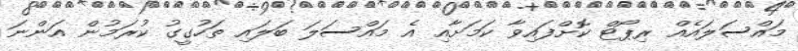
މައްސަލައެއް ރިޕޯޓް ކޮށްފައިވާ ކަމަށާއި އެ މައްސަލަ ބަލައި ތަހުގީގު ކުރަމުން އަންނަ